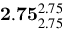
\mathbf { 2 . 7 5 } _ { 2 . 7 5 } ^ { 2 . 7 5 }